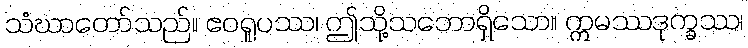
သံဃာတော်သည်။ ဧဝရူပဿ၊ ဤသို့သဘောရှိသော။ ဣမဿဒုက္ခဿ၊